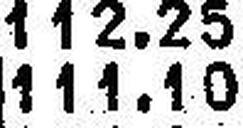
111.10